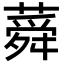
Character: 蕣